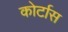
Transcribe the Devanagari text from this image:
कोर्टास